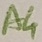
Text: A4